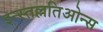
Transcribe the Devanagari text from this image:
इन्स्तल्लतिओन्स